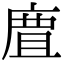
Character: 𢉺